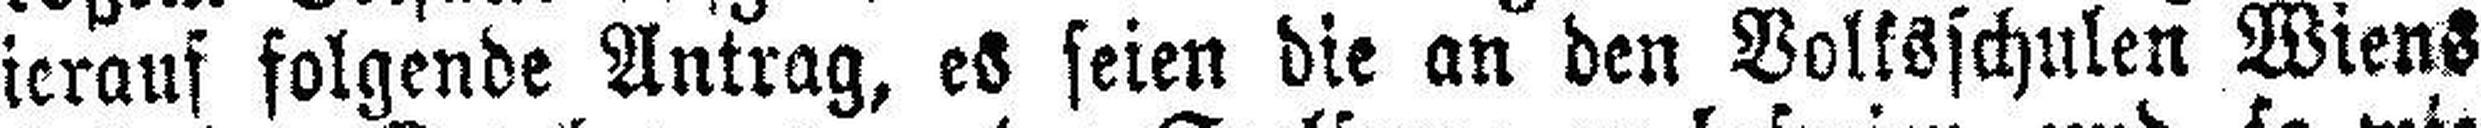
hierauf folgende Antrag, es seien die an den Volksschulen Wiens